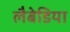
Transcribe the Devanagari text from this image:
लैबेडिया